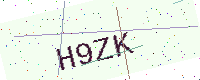
Text: H9ZK